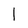
Character: 1